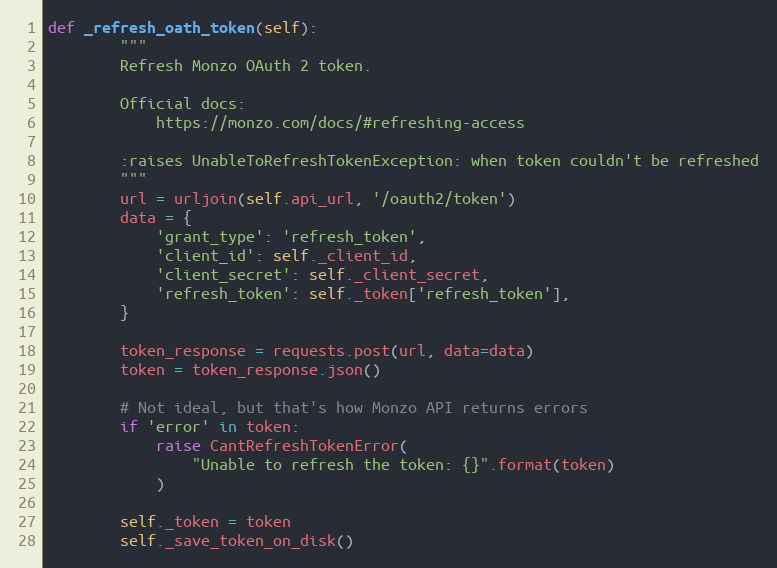
Language: Python
def _refresh_oath_token(self):
        """
        Refresh Monzo OAuth 2 token.

        Official docs:
            https://monzo.com/docs/#refreshing-access

        :raises UnableToRefreshTokenException: when token couldn't be refreshed
        """
        url = urljoin(self.api_url, '/oauth2/token')
        data = {
            'grant_type': 'refresh_token',
            'client_id': self._client_id,
            'client_secret': self._client_secret,
            'refresh_token': self._token['refresh_token'],
        }

        token_response = requests.post(url, data=data)
        token = token_response.json()

        # Not ideal, but that's how Monzo API returns errors
        if 'error' in token:
            raise CantRefreshTokenError(
                "Unable to refresh the token: {}".format(token)
            )

        self._token = token
        self._save_token_on_disk()